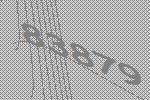
83879